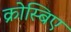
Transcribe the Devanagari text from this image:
क्रोस्बिए